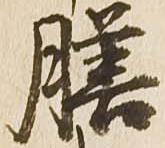
膳